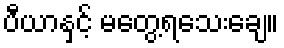
ပီယာနှင့် မတွေ့ရသေးချေ။